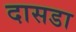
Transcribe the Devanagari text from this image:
दासडा